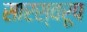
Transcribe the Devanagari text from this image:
सारस्वरूप